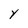
Character: Y